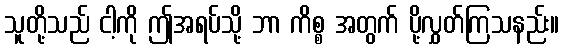
သူတို့သည် ငါ့ကို ဤအရပ်သို့ ဘာ ကိစ္စ အတွက် ပို့လွှတ်ကြသနည်း။